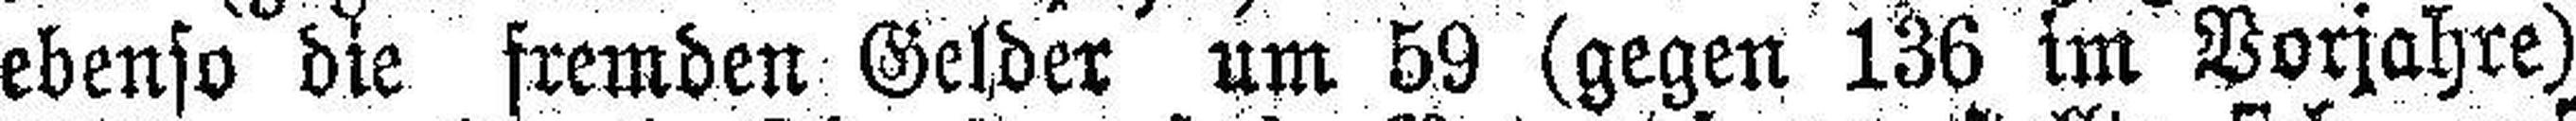
ebenso die fremden Gelder um 59 (gegen 136 im Vorjahre)